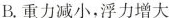
B.重力减小，浮力增大